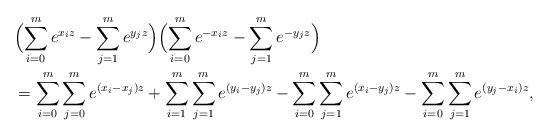
LaTeX: \begin{align*} &\Bigl(\sum_{i=0}^m e^{x_iz}-\sum_{j=1}^m e^{y_jz}\Bigr) \Bigl(\sum_{i=0}^m e^{-x_iz}-\sum_{j=1}^m e^{-y_jz}\Bigr) \\& =\sum_{i=0}^m\sum_{j=0}^m e^{(x_i-x_j)z}+\sum_{i=1}^m\sum_{j=1}^m e^{(y_{i}-y_j)z} -\sum_{i=0}^m\sum_{j=1}^m e^{(x_i-y_j)z}-\sum_{i=0}^m\sum_{j=1}^m e^{(y_j-x_i)z},\end{align*}